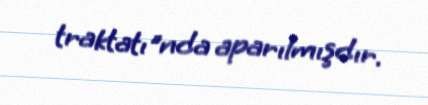
traktatı"nda aparılmışdır.